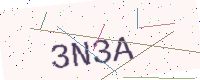
Text: 3N3A